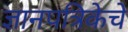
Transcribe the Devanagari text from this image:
ज्ञानपत्रिकेचे